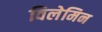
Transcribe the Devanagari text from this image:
विलेमिन